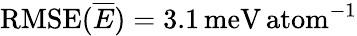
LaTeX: \mathrm{RMSE}(\overline{{E}})=3.1\, \mathrm{meV\, atom}^{-1}